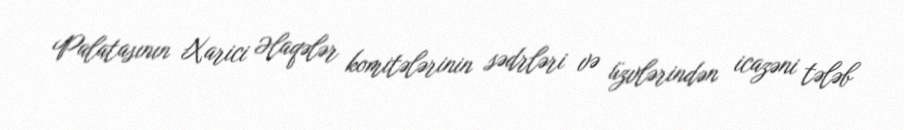
Palatasının Xarici Əlaqələr komitələrinin sədrləri və üzvlərindən icazəni tələb